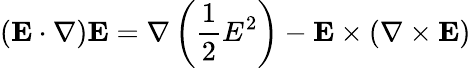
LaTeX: \left(\mathbf{E}\cdot\nabla\right)\mathbf{E}=\nabla\left({\frac{1}{2}}E^{2}\right)-\mathbf{E}\times\left(\nabla\times\mathbf{E}\right)